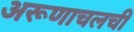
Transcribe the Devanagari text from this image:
अरूणाचलची